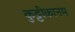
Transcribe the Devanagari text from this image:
कुट्टीकानम